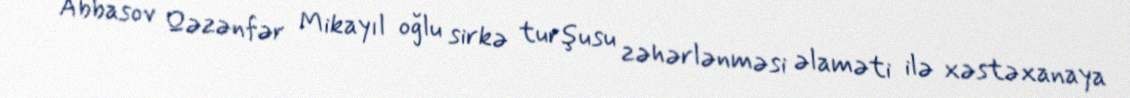
Abbasov Qəzənfər Mikayıl oğlu sirkə turşusu zəhərlənməsi əlaməti ilə xəstəxanaya